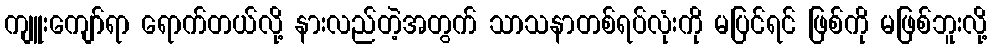
ကျူးကျော်ရာ ရောက်တယ်လို့ နားလည်တဲ့အတွက် သာသနာတစ်ရပ်လုံးကို မပြင်ရင် ဖြစ်ကို မဖြစ်ဘူးလို့